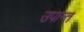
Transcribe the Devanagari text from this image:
उपान्त